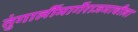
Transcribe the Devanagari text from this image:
तुंगार्लीमार्गेराजमाचीला